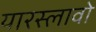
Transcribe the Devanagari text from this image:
यारस्लावो